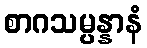
စာဂသမ္ပန္နာနံ